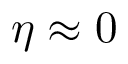
\eta \approx 0